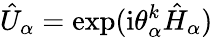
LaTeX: \hat{U}_{\alpha}=\exp(\mathrm{i}\theta_{\alpha}^{k}\hat{H}_{\alpha})